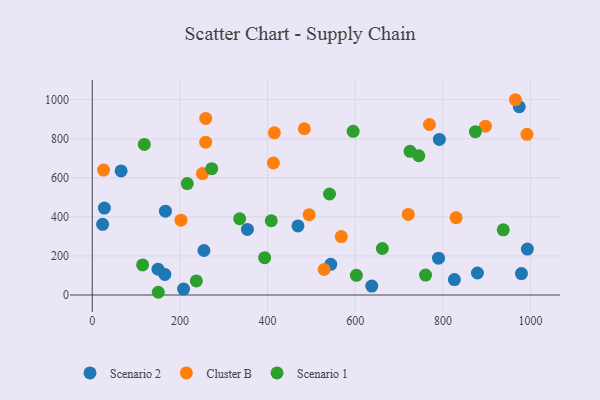
{"axis": {"x": "Study Hours", "y": "Fuel Efficiency"}, "legend": ["Cluster B", "Scenario 1", "Scenario 2"], "data": [{"x": "544.2", "y": 157.0, "type": "Scenario 2"}, {"x": "254.8", "y": 227.7, "type": "Scenario 2"}, {"x": "469.3", "y": 353.4, "type": "Scenario 2"}, {"x": "826.2", "y": 79.1, "type": "Scenario 2"}, {"x": "167.0", "y": 429.2, "type": "Scenario 2"}, {"x": "65.9", "y": 635.3, "type": "Scenario 2"}, {"x": "974.2", "y": 963.7, "type": "Scenario 2"}, {"x": "878.8", "y": 112.6, "type": "Scenario 2"}, {"x": "791.9", "y": 796.4, "type": "Scenario 2"}, {"x": "979.2", "y": 109.6, "type": "Scenario 2"}, {"x": "27.7", "y": 444.8, "type": "Scenario 2"}, {"x": "992.7", "y": 235.2, "type": "Scenario 2"}, {"x": "165.7", "y": 105.5, "type": "Scenario 2"}, {"x": "208.4", "y": 30.3, "type": "Scenario 2"}, {"x": "790.0", "y": 188.6, "type": "Scenario 2"}, {"x": "150.0", "y": 132.3, "type": "Scenario 2"}, {"x": "23.7", "y": 361.5, "type": "Scenario 2"}, {"x": "637.7", "y": 45.5, "type": "Scenario 2"}, {"x": "354.0", "y": 335.4, "type": "Scenario 2"}, {"x": "415.5", "y": 830.0, "type": "Cluster B"}, {"x": "25.8", "y": 639.3, "type": "Cluster B"}, {"x": "830.0", "y": 395.9, "type": "Cluster B"}, {"x": "991.7", "y": 822.5, "type": "Cluster B"}, {"x": "721.0", "y": 412.6, "type": "Cluster B"}, {"x": "494.9", "y": 411.1, "type": "Cluster B"}, {"x": "258.8", "y": 782.4, "type": "Cluster B"}, {"x": "202.5", "y": 382.9, "type": "Cluster B"}, {"x": "258.9", "y": 904.0, "type": "Cluster B"}, {"x": "529.1", "y": 130.4, "type": "Cluster B"}, {"x": "769.3", "y": 872.9, "type": "Cluster B"}, {"x": "251.4", "y": 621.5, "type": "Cluster B"}, {"x": "483.9", "y": 851.1, "type": "Cluster B"}, {"x": "965.4", "y": 999.6, "type": "Cluster B"}, {"x": "568.2", "y": 299.2, "type": "Cluster B"}, {"x": "897.0", "y": 864.0, "type": "Cluster B"}, {"x": "413.3", "y": 675.8, "type": "Cluster B"}, {"x": "272.6", "y": 646.5, "type": "Scenario 1"}, {"x": "602.6", "y": 100.7, "type": "Scenario 1"}, {"x": "237.5", "y": 72.2, "type": "Scenario 1"}, {"x": "661.8", "y": 238.0, "type": "Scenario 1"}, {"x": "393.3", "y": 190.9, "type": "Scenario 1"}, {"x": "408.4", "y": 380.1, "type": "Scenario 1"}, {"x": "216.8", "y": 570.5, "type": "Scenario 1"}, {"x": "595.2", "y": 837.7, "type": "Scenario 1"}, {"x": "541.3", "y": 517.0, "type": "Scenario 1"}, {"x": "150.7", "y": 13.9, "type": "Scenario 1"}, {"x": "114.9", "y": 154.0, "type": "Scenario 1"}, {"x": "336.4", "y": 390.4, "type": "Scenario 1"}, {"x": "725.0", "y": 735.5, "type": "Scenario 1"}, {"x": "760.4", "y": 101.9, "type": "Scenario 1"}, {"x": "745.0", "y": 712.7, "type": "Scenario 1"}, {"x": "118.8", "y": 770.6, "type": "Scenario 1"}, {"x": "874.1", "y": 835.9, "type": "Scenario 1"}, {"x": "937.7", "y": 333.8, "type": "Scenario 1"}]}